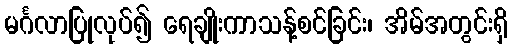
မင်္ဂလာပြုလုပ်၍ ရေချိုးကာသန့်စင်ခြင်း၊ အိမ်အတွင်းရှိ